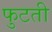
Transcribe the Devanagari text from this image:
फुटती